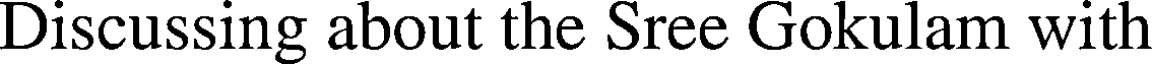
Discussing about the Sree Gokulam with